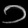
Digit: ၁